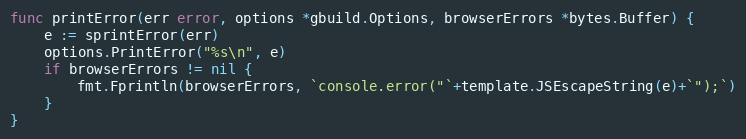
Language: Go
func printError(err error, options *gbuild.Options, browserErrors *bytes.Buffer) {
	e := sprintError(err)
	options.PrintError("%s\n", e)
	if browserErrors != nil {
		fmt.Fprintln(browserErrors, `console.error("`+template.JSEscapeString(e)+`");`)
	}
}